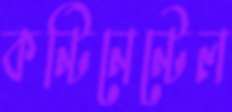
কন্টিনেন্টেল